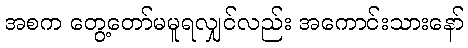
အစက တွေ့တော်မမူရလျှင်လည်း အကောင်းသားနော်